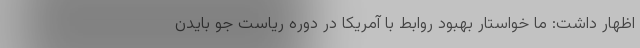
اظهار داشت: ما خواستار بهبود روابط با آمریکا در دوره ریاست جو بایدن